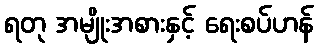
ရတု အမျိုးအစားနှင့် ရေးစပ်ဟန်